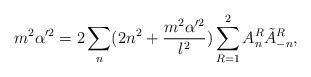
LaTeX: \begin{align*}m^2\alpha'^2=2\sum_n(2n^2+\frac{m^2\alpha'^2}{l^2})\sum_{R=1}^{2}A_n^R\tilde{A}_{-n}^R,\end{align*}